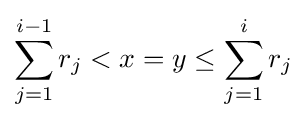
\sum _{j=1}^{i-1}r_{j}<x=y\leq \sum _{j=1}^{i}r_{j}